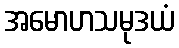
အမောဟသမုဒယံ